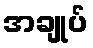
အချုပ်